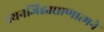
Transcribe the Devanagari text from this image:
नयनजिह्वाघ्राणात्मने